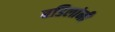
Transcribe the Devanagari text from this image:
बडिलांनी